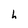
Character: h